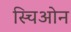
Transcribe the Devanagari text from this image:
स्चिओन